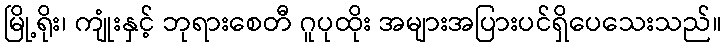
မြို့ရိုး၊ ကျုံးနှင့် ဘုရားစေတီ ဂူပုထိုး အများအပြားပင်ရှိပေသေးသည်။